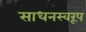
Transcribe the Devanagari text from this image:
साधनस्वरूप